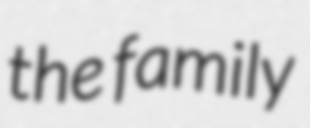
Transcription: the family